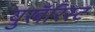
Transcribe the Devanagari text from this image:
युखॅरिस्ट